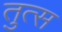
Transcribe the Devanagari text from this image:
तुत्स